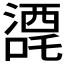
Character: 𭊼